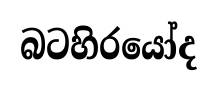
බටහිරයෝද